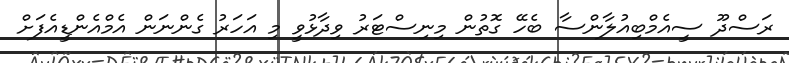
ރަސްދޫ ސީއެމްބިއުލާންސާ ބެހޭ ގޮތުން މިނިސްޓަރު ވިދާޅުވީ މި އަހަރު ގެންނަން އެމްއެންޑީއެފަށް